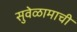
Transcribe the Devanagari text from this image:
सुवेळामाची